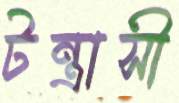
টন্ত্রাসী